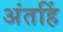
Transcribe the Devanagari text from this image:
अंतहिं